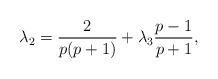
LaTeX: \begin{align*}\lambda_2 = \frac{2}{p(p+1)} +\lambda_3 \frac{p-1}{p+1},\end{align*}